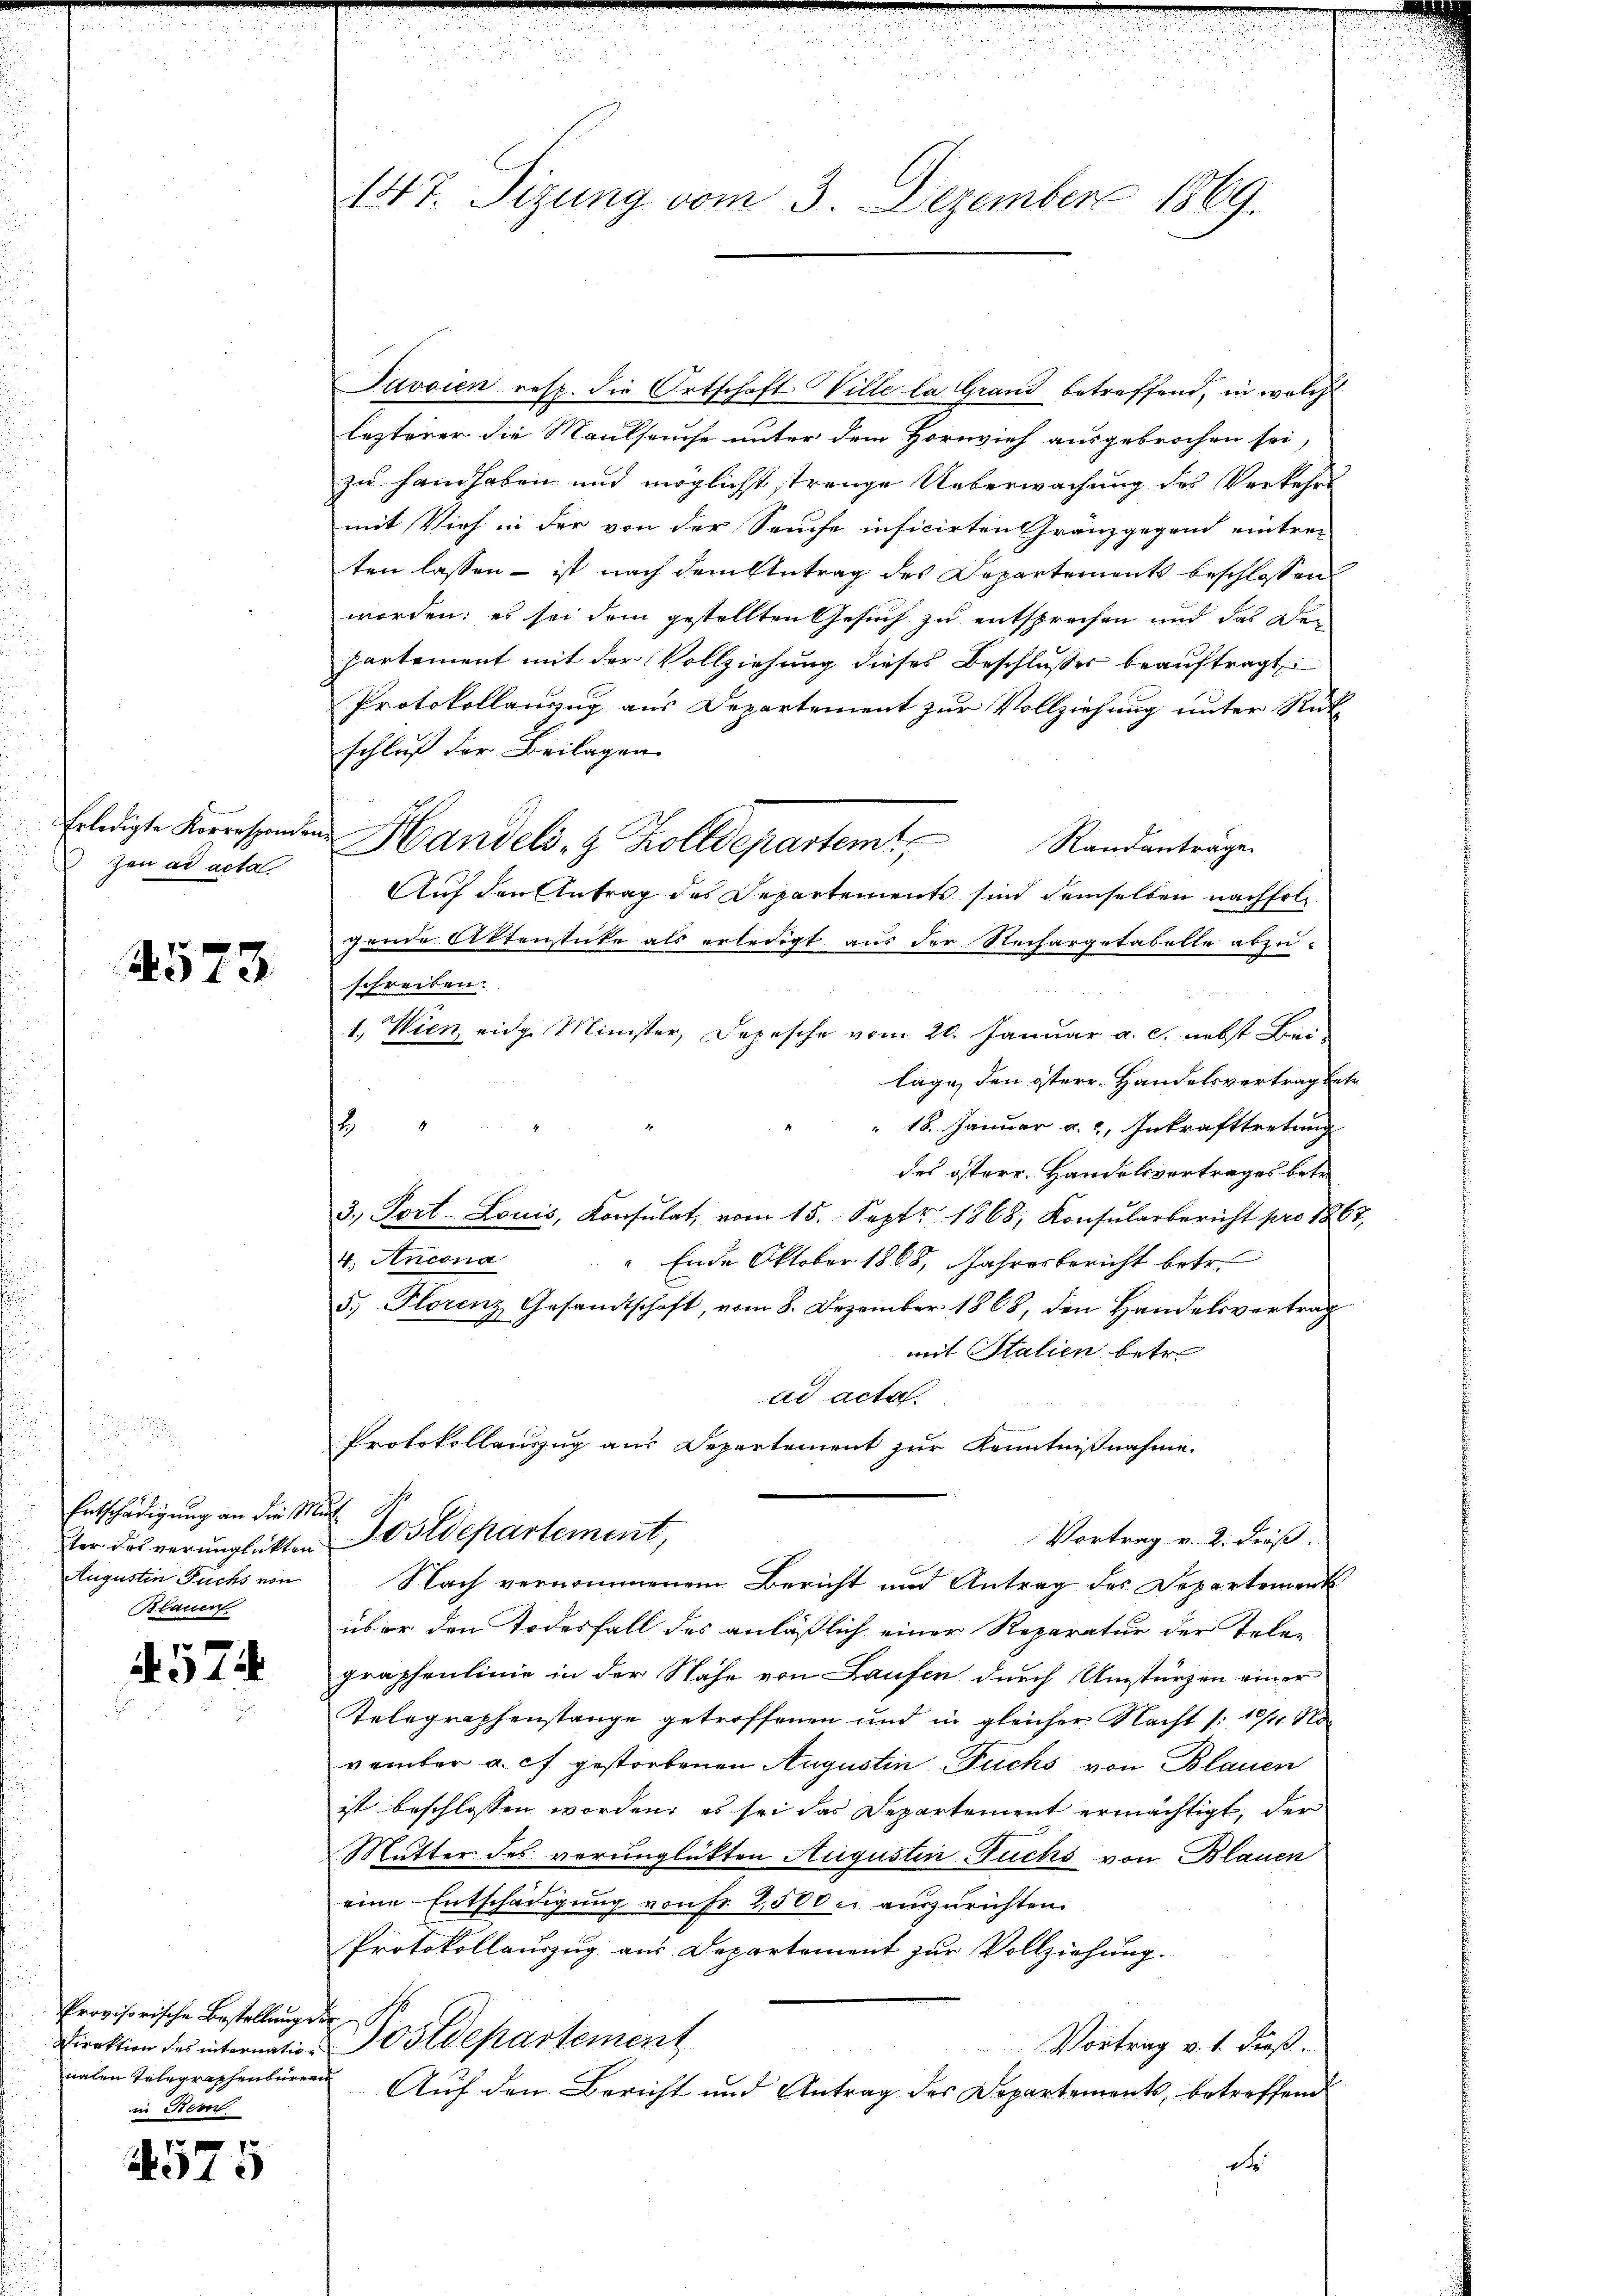
Erledigte Korresponden
zen ad acta

573

Entschädigung an die
Augustin Fuchs von
Blauen

x
No14

Provisorische Bestellung der
nalen Telegraphenburgen
in Stem

f 7 x
910

147. Sizung vom 3. Dezember 1869.

Javoien resp. die Ortschaft Wille la Grand betreffend, in welche
lezterer die Maulseuche unter dem Hornvieh ausgebrochen sei,
zu handhaben und möglichst strenge Ueberwachung des Verkehrs
mit Vieh in der von der Sache inficirten Franzgegend eintre-
ten lassen – ist nach dem Antrag des Departements beschlossen
worden; es sei dem gestellten Gesuch zu entsprechen und das Den
partement mit der Vollziehung dieses Beschlusses beauftragt
Protokollauszug aus Departement zur Vollziehung unter Rük
schluß der Beilagen
Handels- & Zolldepartem Randanträge
Auf den Antrag des Departements sind demselben nachfolgende Aktenstücke als erledigt aus der Rechargetabelle abzu-
schreiben.
1.) Wien eidg. Minister, Depesche vom 20. Januar a. c. nebst Bei-
lage, den terr. Handelsvertrag betr
" 18. Januar a., Inkrafttretung
2
des österr. Handelsvortrages betr
3. Port- Louis, Konsulat, vom 15. Sept. 1868, Konsularbericht pro 1867,
4. Ancona
" Ende Oktober 1868, Jahresbericht betr.
5.) Florenz Gesandtschaft, vom 8. Dezember 1868, den Handelsvertrag
mit Italien betr.
ad acta.
Protokollauszug aus Departement zur Kenntnißnahme.
f
Vortrag v. 2. dieß.
ter das verunglükten Postdepartement,
Nach vernommenem Bericht und Antrag des Departement
über den Todesfall des anläßlich einer Reparatur der Tele-
graphenlinie in der Nahe von Laufen durch Umstürzen einer
Kelegraphenstange getroffenen und in gleicher Nacht /: 10/11. November a. c. gestorbenen Augustin Fuchs von Blauen
ist beschlossen worden, es sei das Departement ermächtigt, der
Mutter des verunglückten Augustin Fuchs von Blauen
eine Entschädigung von Fr. 2500 r. auszurichten.
Protokollauszug aus Departement zur Vollziehung.
Direktion des internation Postdepartement
Vortrag v. 1. dieß.
Auf den Bericht und Antrag des Departements, betreffend
d